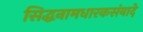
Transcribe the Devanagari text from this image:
सिद्धनामधारकसंवादे